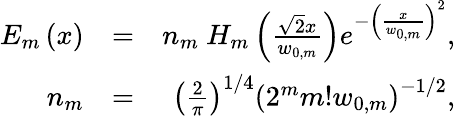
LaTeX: \begin{array}{rlr}{E_{m}\left(x\right)}&{=}&{n_{m}~H_{m}\left(\frac{\sqrt{2}x}{w_{0,m}}\right)e^{-\left(\frac{x}{w_{0,m}}\right)^{2}},}\\ {n_{m}}&{=}&{\left(\frac{2}{\pi}\right)^{1/4}\left(2^{m}m!w_{0,m}\right)^{-1/2},}\end{array}